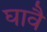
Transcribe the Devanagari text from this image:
घावै